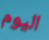
اليوم